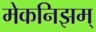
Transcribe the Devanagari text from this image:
मेकनिझम्